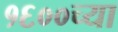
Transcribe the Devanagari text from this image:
१६००च्या